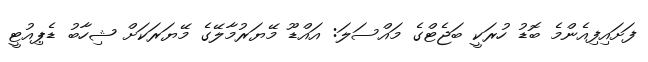
ފަށައިފިއެންމެ ބޮޑު ހުރަކީ ބަޖެޓްގެ މައްސަލަ: އައްޑޫ މޭޔަރުމާލޭގެ މޭޔަރަކަށް ޝިހާބު ޑެޕިއުޓީ